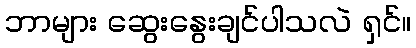
ဘာများ ဆွေးနွေးချင်ပါသလဲ ရှင်။